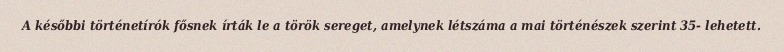
A későbbi történetírók fősnek írták le a török sereget, amelynek létszáma a mai történészek szerint 35- lehetett.